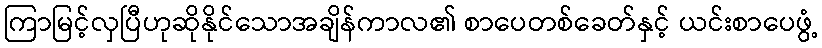
ကြာမြင့်လှပြီဟုဆိုနိုင်သောအချိန်ကာလ၏ စာပေတစ်ခေတ်နှင့် ယင်းစာပေဖွံ့